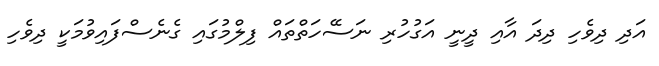
އަދި ދިވެހި ދިދަ އާއި ދީނީ އަގުހުރި ނަސޭހަތްތައް ފިލްމުގައި ގެނެސްފައިވުމަކީ ދިވެހި